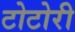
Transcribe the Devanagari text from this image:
टोटोरी